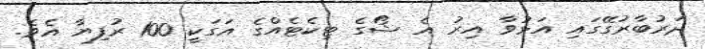
ދަރުބާރުގޭގައި އަޅުވާ އިރު އެ ޝޯގެ ޓިކެޓެއްގެ އަގަކީ 100 ރުފިޔާ އެވެ.